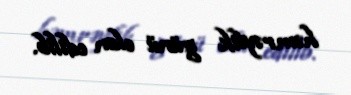
həmrəylik günü elan edilib.